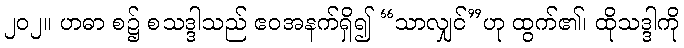
၂၀၂။ ဟဓာ စ၌ စသဒ္ဒါသည် ဧဝအနက်ရှိ၍ “သာလျှင်”ဟု ထွက်၏၊ ထိုသဒ္ဒါကို